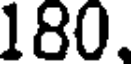
180.